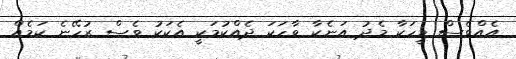
އެއްވެސް މީހަކާ މެދު އަނެކާ ވާހަކަ ދެއްކުމަކީ އެކަކު ވެސް ރުހޭނެ ކަމެއް